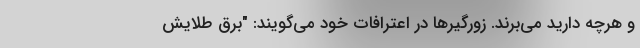
و هرچه دارید می‌برند. زورگیرها در اعترافات خود می‌گویند: "برق طلا‌یش